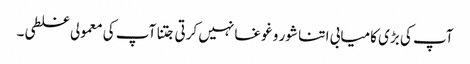
آپ کی بڑی کامیابی ا تنا شور و غوغا نہیں کرتی جتنا آپ کی معمولی غلطی۔